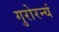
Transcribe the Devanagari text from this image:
गुरोरन्यं